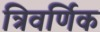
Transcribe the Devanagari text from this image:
त्रिवर्णिक